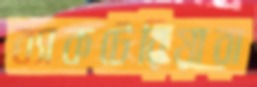
ব্যাকটেরিয়ারা